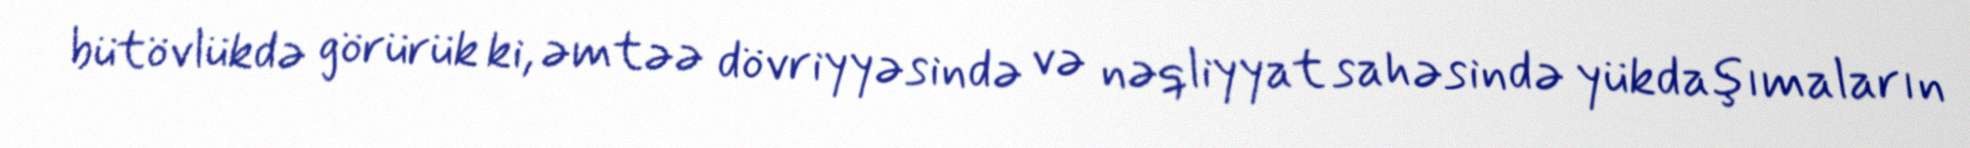
bütövlükdə görürük ki, əmtəə dövriyyəsində və nəqliyyat sahəsində yükdaşımaların